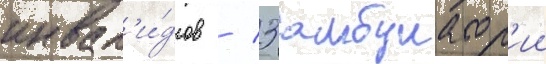
инвал'и́дов / 3 амбулатор'ии